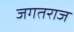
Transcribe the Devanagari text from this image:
जगतराज